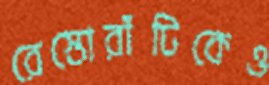
রেস্তোরাঁটিকেও